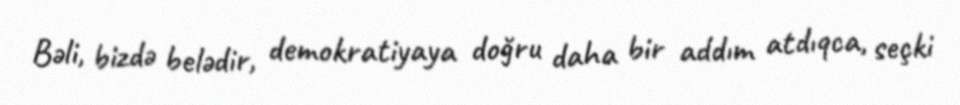
Bəli, bizdə belədir, demokratiyaya doğru daha bir addım atdıqca, seçki